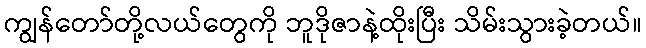
ကျွန်တော်တို့လယ်တွေကို ဘူဒိုဇာနဲ့ထိုးပြီး သိမ်းသွားခဲ့တယ်။